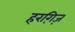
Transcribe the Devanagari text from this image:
हरग़िज़